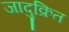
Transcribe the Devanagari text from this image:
जादुक्रित